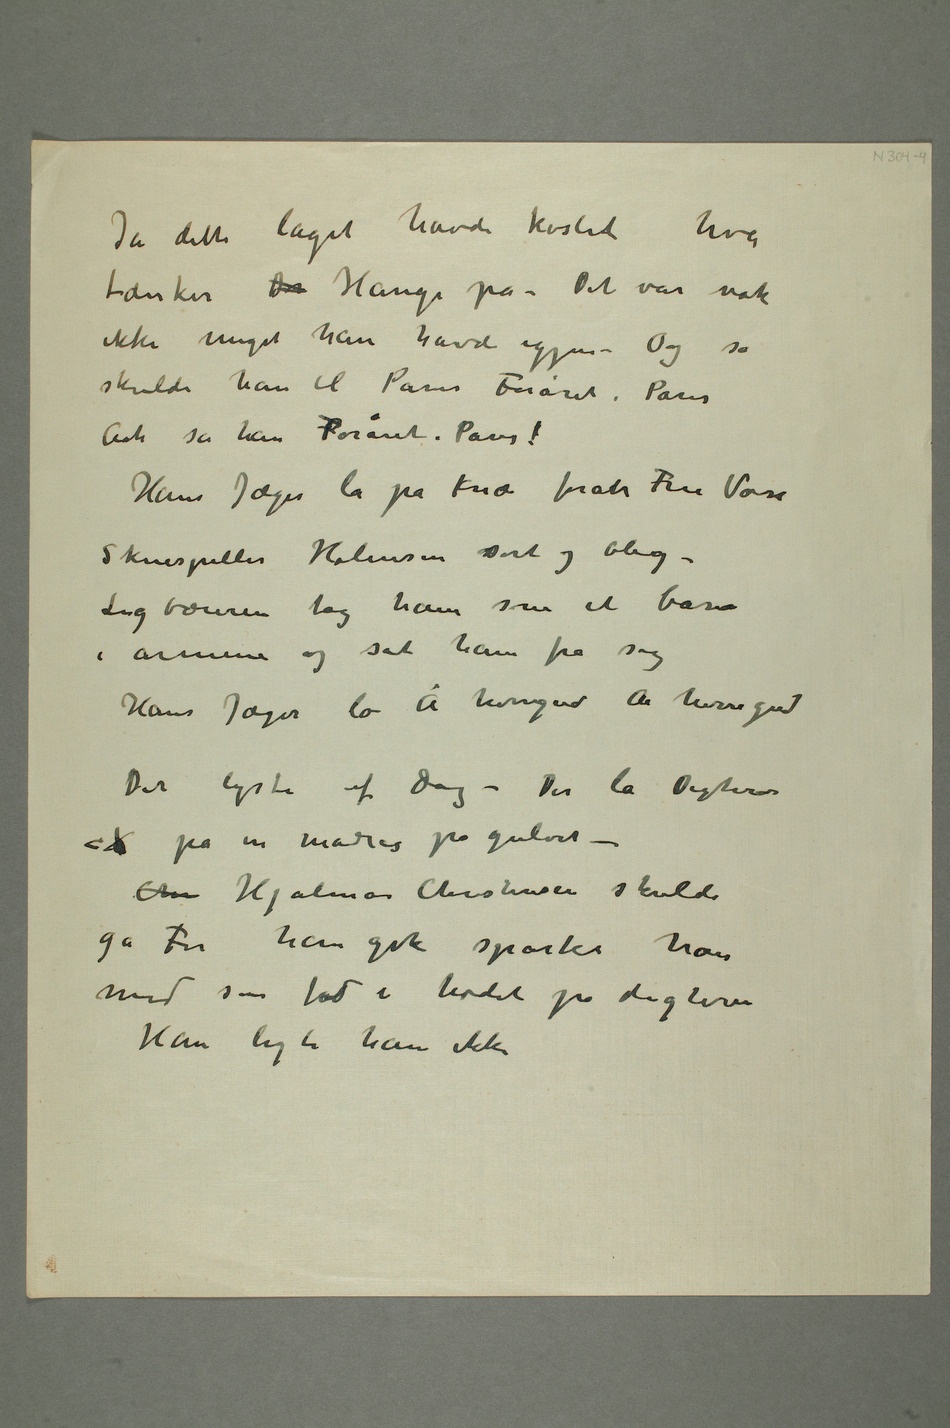
Ja dette laget havde kostet hva
tænker Du Hauge på – Det var nok
ikke meget han havde igjen – Og så
skulde han til ParisForåret i Paris
Aah sa hanForåret i Paris!
Hans Jæger lå på knæ foran Fru Voss
Skuespiller Holmsen sort og bleg –
Ligbæreren tog ham som et barn
i armene og sat ham fra sig
Hans Jæger lo Å herregud Aa herregud
Det lyste af dag – Der lå digteren
gåFør han gik sparker han
med sin fod i hodet på digteren
Han ligte ham ikke